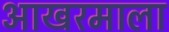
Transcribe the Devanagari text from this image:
आखरमाला